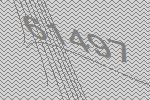
61497